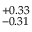
^ { + 0 . 3 3 } _ { - 0 . 3 1 }